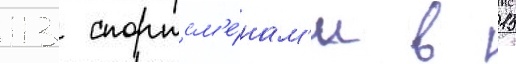
113 спортсм'е́нам'и в 15